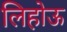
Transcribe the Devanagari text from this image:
लिहोऊ